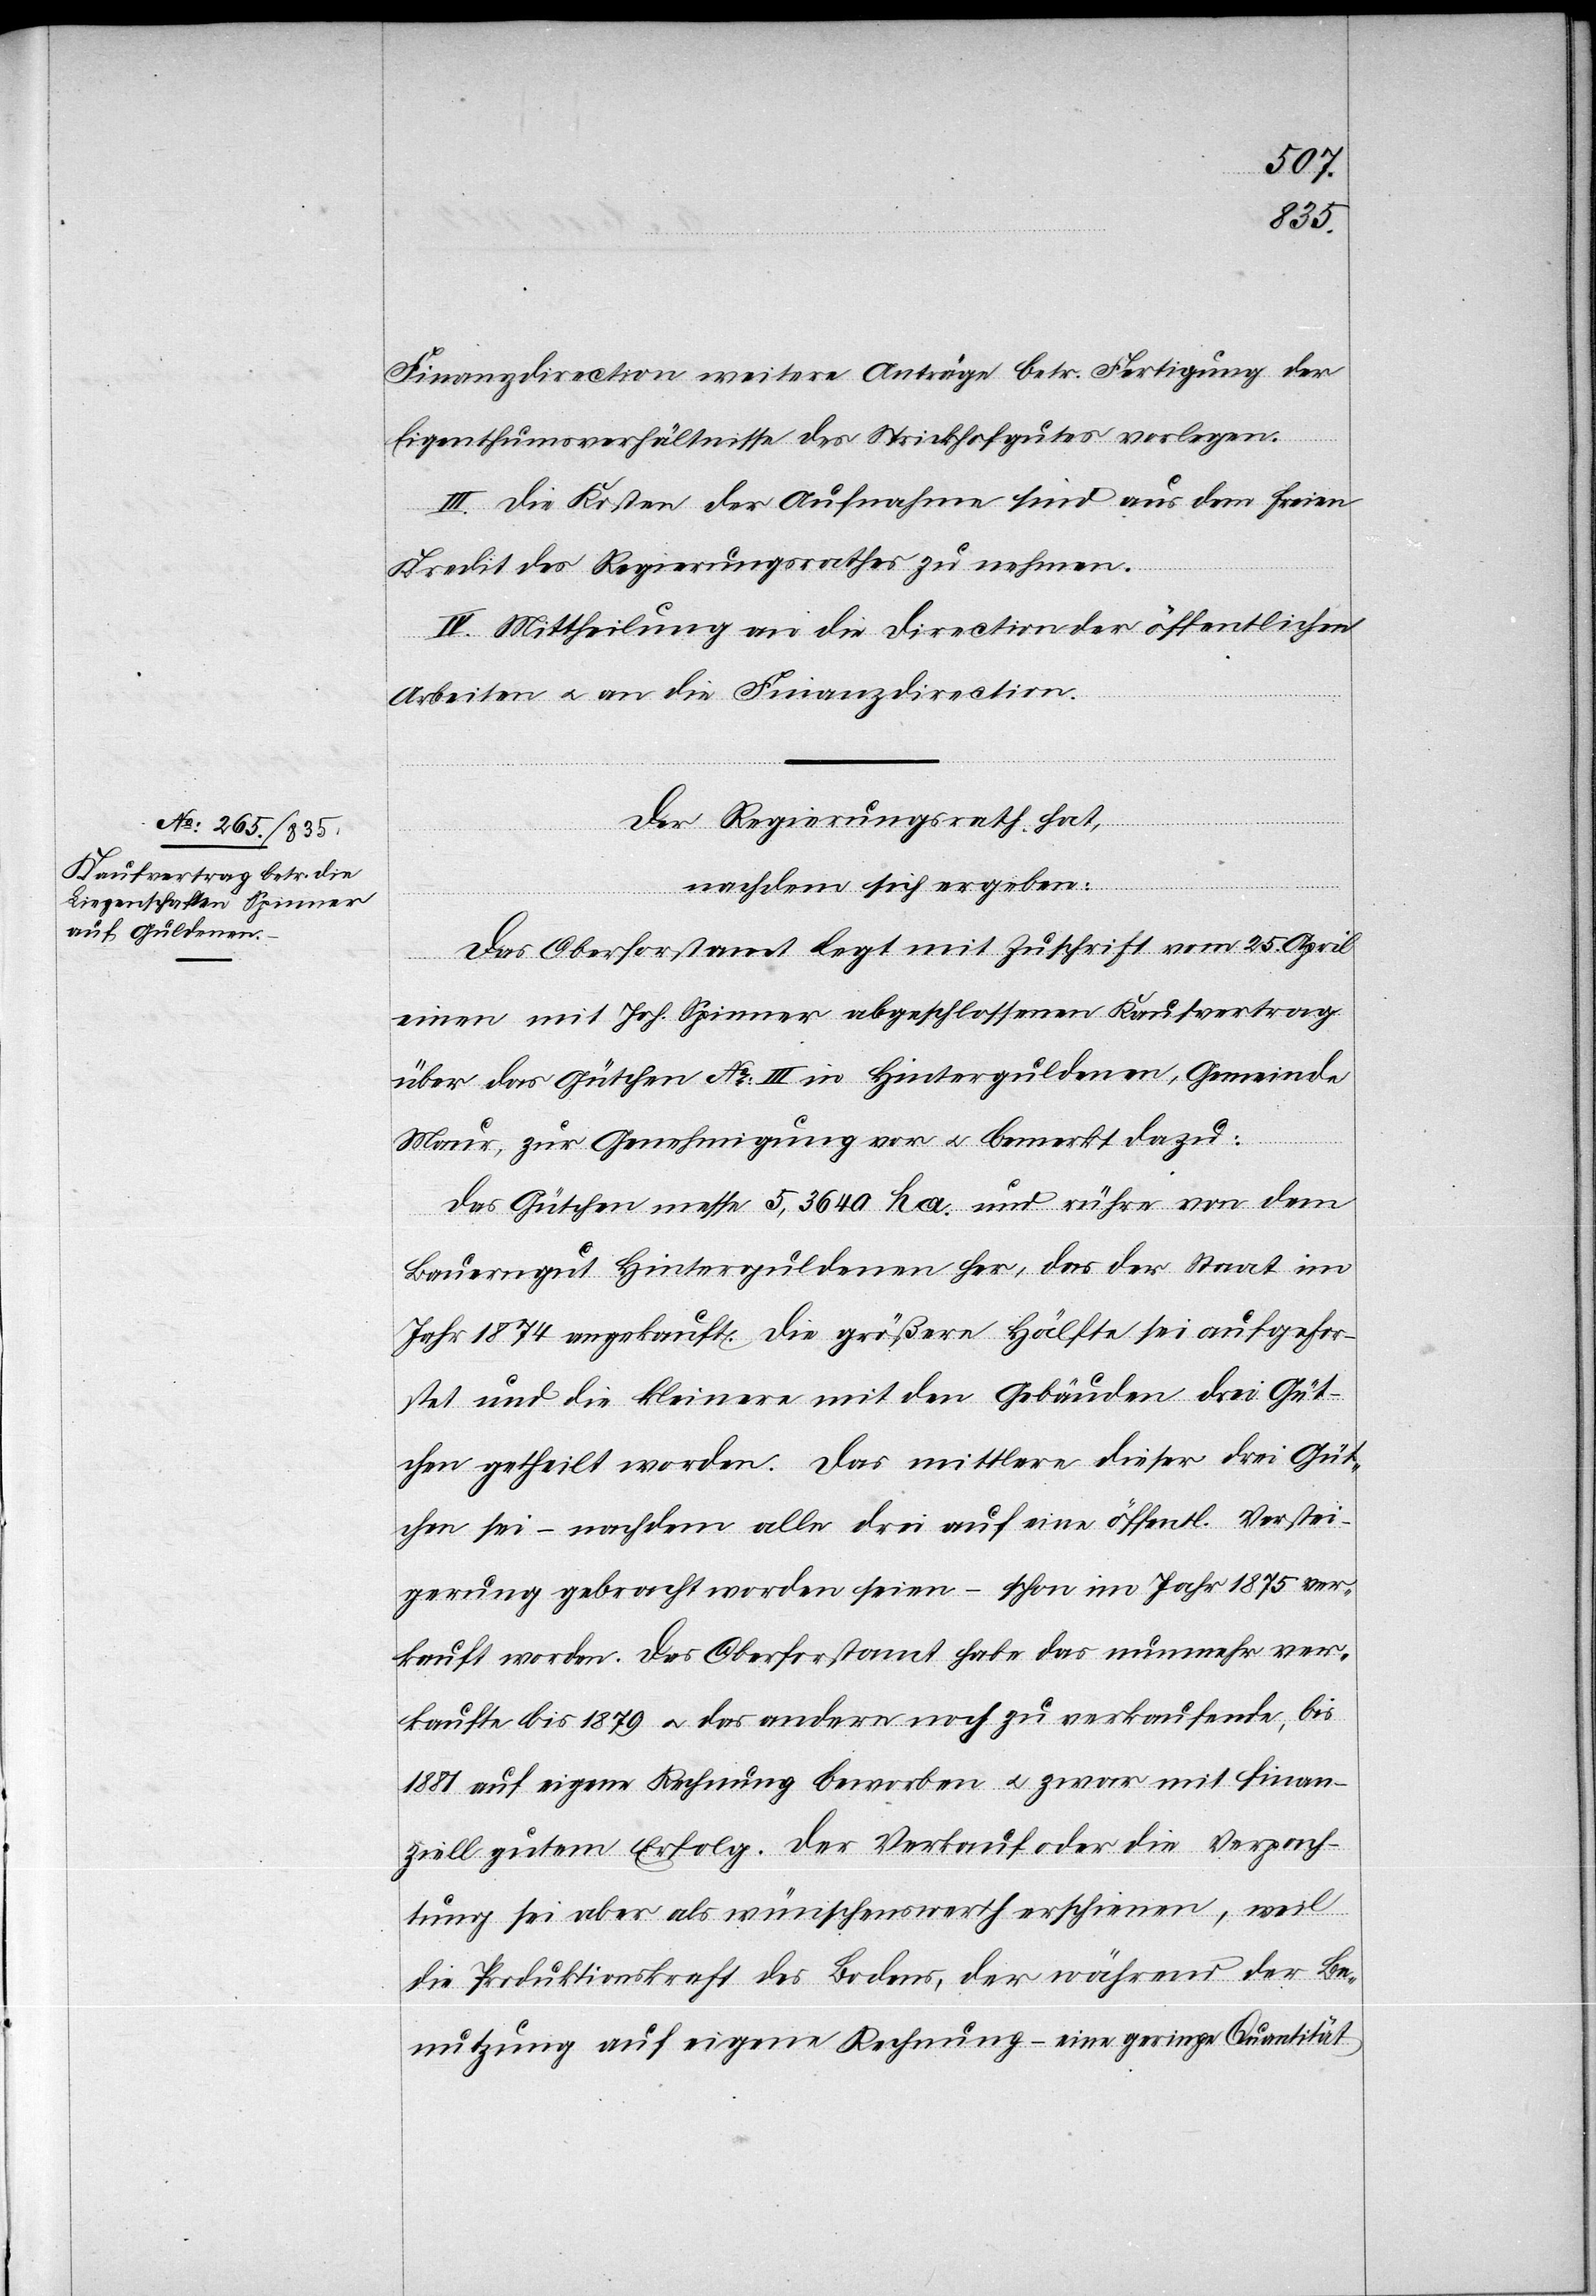
Finanzdirection weitere Anträge betr. Fertigung der
Eigenthumsverhältnisse des Strickhofgutes vorlegen.
III. Die Kosten der Aufnahme sind aus dem freien
Kredit des Regierungsrathes zu nehmen.
IV. Mittheilung an die Direction der öffentlichen
Arbeiten u. an die Finanzdirection.
Der Regierungsrath hat,
nachdem sich ergeben:
Das Oberforstamt legt mit Zuschrift vom 25. April
einen mit Joh. Spinner abgeschlossenen Kaufvertrag
über das Gütchen No III in Hinterguldenen, Gemeinde
Maur, zur Genehmigung vor u. bemerkt dazu:
Das Gütchen messe 5,3640 ha. und rühre von dem
Bauerngut Hinterguldenen her, das der Staat im
Jahr 1874 angekauft. Die größere Hälfte sei aufgefor¬
stet und die kleinere mit den Gebäuden [in] drei Güt¬
chen getheilt worden. Das mittlere dieser drei Güt¬
chen sei – nachdem alle drei auf eine öffentl. Verstei¬
gerung gebracht worden seien – schon im Jahr 1875 ver¬
kauft worden. Das Oberforstamt habe das nunmehr ver¬
kaufte bis 1879 u. das andere noch zu verkaufende, bis
1881 auf eigene Rechnung beworben u. zwar mit finan¬
ziell gutem Erfolg. Der Verkauf oder die Verpach¬
tung sei aber als wünschenwerth erschienen, weil
die Produktionskraft des Bodens, der während der Be¬
nutzung auf eigene Rechnung – eine geringe Quantität